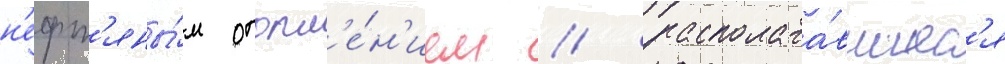
н'ефт'яны́м отопл'е́н'ием / располага́вшиес'я